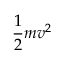
{ \frac { 1 } { 2 } } m v ^ { 2 }